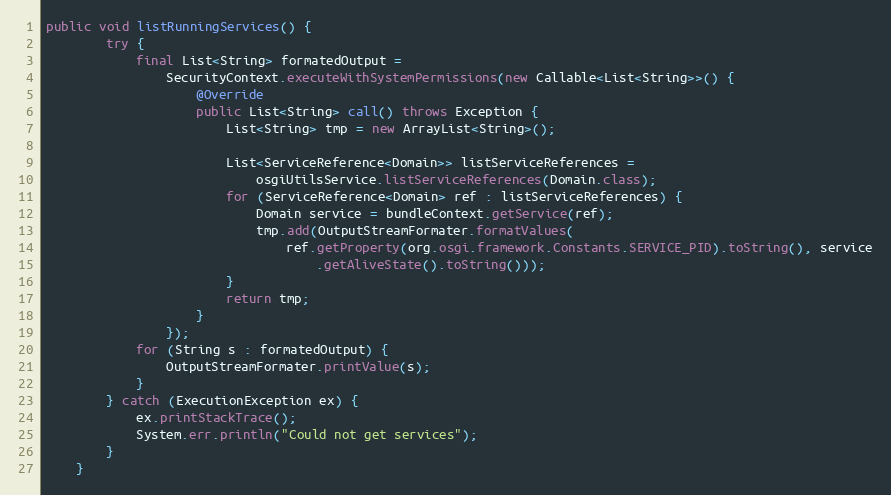
Language: Java
public void listRunningServices() {
        try {
            final List<String> formatedOutput =
                SecurityContext.executeWithSystemPermissions(new Callable<List<String>>() {
                    @Override
                    public List<String> call() throws Exception {
                        List<String> tmp = new ArrayList<String>();

                        List<ServiceReference<Domain>> listServiceReferences =
                            osgiUtilsService.listServiceReferences(Domain.class);
                        for (ServiceReference<Domain> ref : listServiceReferences) {
                            Domain service = bundleContext.getService(ref);
                            tmp.add(OutputStreamFormater.formatValues(
                                ref.getProperty(org.osgi.framework.Constants.SERVICE_PID).toString(), service
                                    .getAliveState().toString()));
                        }
                        return tmp;
                    }
                });
            for (String s : formatedOutput) {
                OutputStreamFormater.printValue(s);
            }
        } catch (ExecutionException ex) {
            ex.printStackTrace();
            System.err.println("Could not get services");
        }
    }